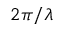
2 \pi / \lambda